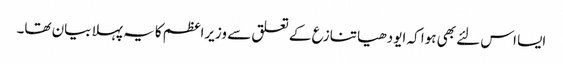
ایسا اس لئے بھی ہوا کہ ایودھیا تنازع کے تعلق سے وزیراعظم کا یہ پہلا بیان تھا۔